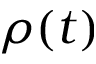
\rho ( t )